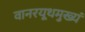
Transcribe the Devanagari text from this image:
वानरयूथमुख्यं